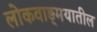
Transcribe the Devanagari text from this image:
लोकवाङ्‍मयातील